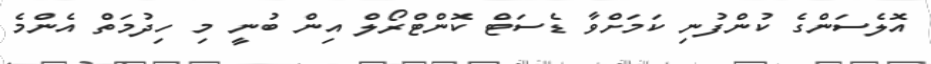
އޮލެސަންގެ ކުންފުނި ކަމަށްވާ ޑެސަޓް ކޮންޓްރޯލް އިން ބުނީ މި ހިދުމަތް އެންމެ